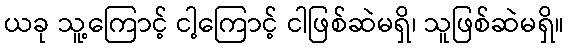
ယခု သူ့ကြောင့် ငါ့ကြောင့် ငါဖြစ်ဆဲမရှိ၊ သူဖြစ်ဆဲမရှိ။